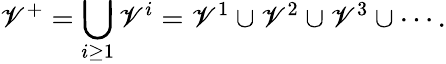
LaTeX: \mathscr{V}^{+}=\bigcup_{i\geq1}\mathscr{V}^{i}=\mathscr{V}^{1}\cup\mathscr{V}^{2}\cup\mathscr{V}^{3}\cup\cdots.